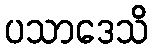
ပသာဒေသိ